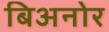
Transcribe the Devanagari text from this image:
बिअनोर